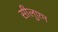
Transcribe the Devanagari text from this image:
सीलुएम